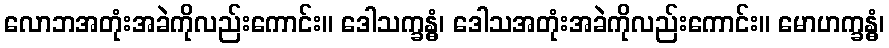
လောဘအတုံးအခဲကိုလည်းကောင်း။ ဒေါသက္ခန္ဓံ၊ ဒေါသအတုံးအခဲကိုလည်းကောင်း။ မောဟက္ခန္ဓံ၊